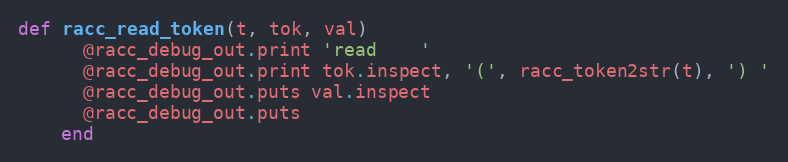
Language: Ruby
def racc_read_token(t, tok, val)
      @racc_debug_out.print 'read    '
      @racc_debug_out.print tok.inspect, '(', racc_token2str(t), ') '
      @racc_debug_out.puts val.inspect
      @racc_debug_out.puts
    end